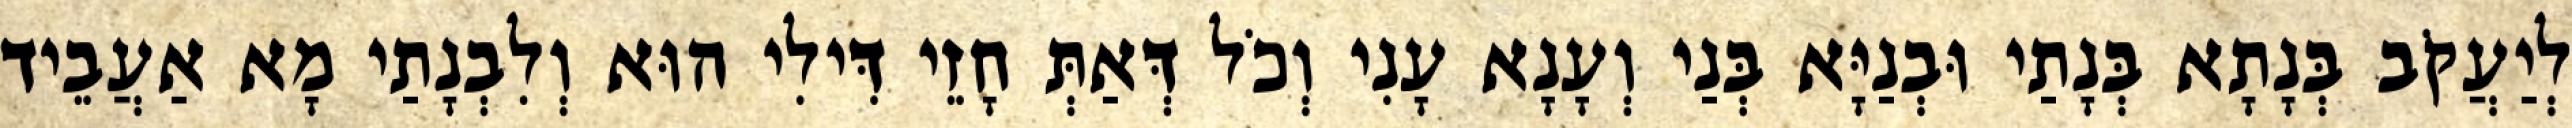
לְיַעֲקֹב בְּנָתָא בְּנָתַי וּבְנַיָּא בְּנַי וְעָנָא עָנִי וְכֹל דְּאַתְּ חָזֵי דִּילִי הוּא וְלִבְנָתַי מָא אַעֲבֵיד